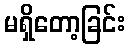
မရှိတော့ခြင်း